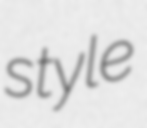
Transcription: style